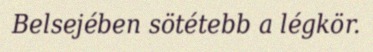
Belsejében sötétebb a légkör.